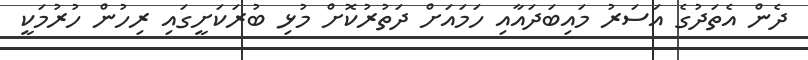
ދެން އެތަދުގެ އަސަރު މައިބަދައާއި ހަމައަށް ދަތުރުކޮށް މުޅި ބުރަކަށީގައި ރިހުން ހުރުމަކީ